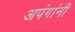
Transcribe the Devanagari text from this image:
अपंगांनी